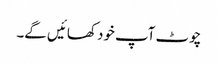
چوٹ آپ خود کھائیں گے۔